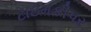
ટાઇમકીપર